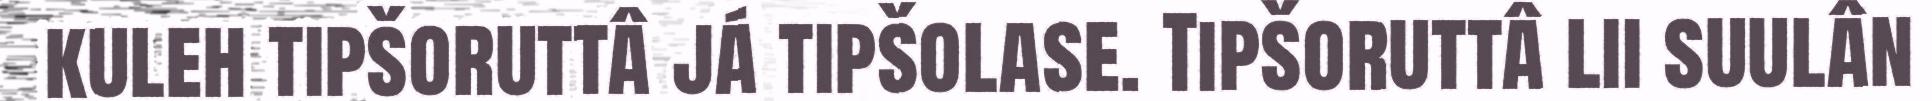
kuleh tipšoruttâ já tipšolase. Tipšoruttâ lii suulân